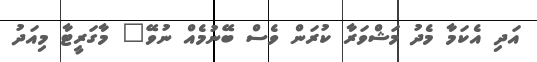
އަދި އެކަމާ މެދު މަޝްވަރާ ކުރަން ވެސް ބޭނުމެއް ނުވޭ" މާގަރީޓާ މިއަދު